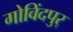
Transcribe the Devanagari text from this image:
गोविंदपुर्